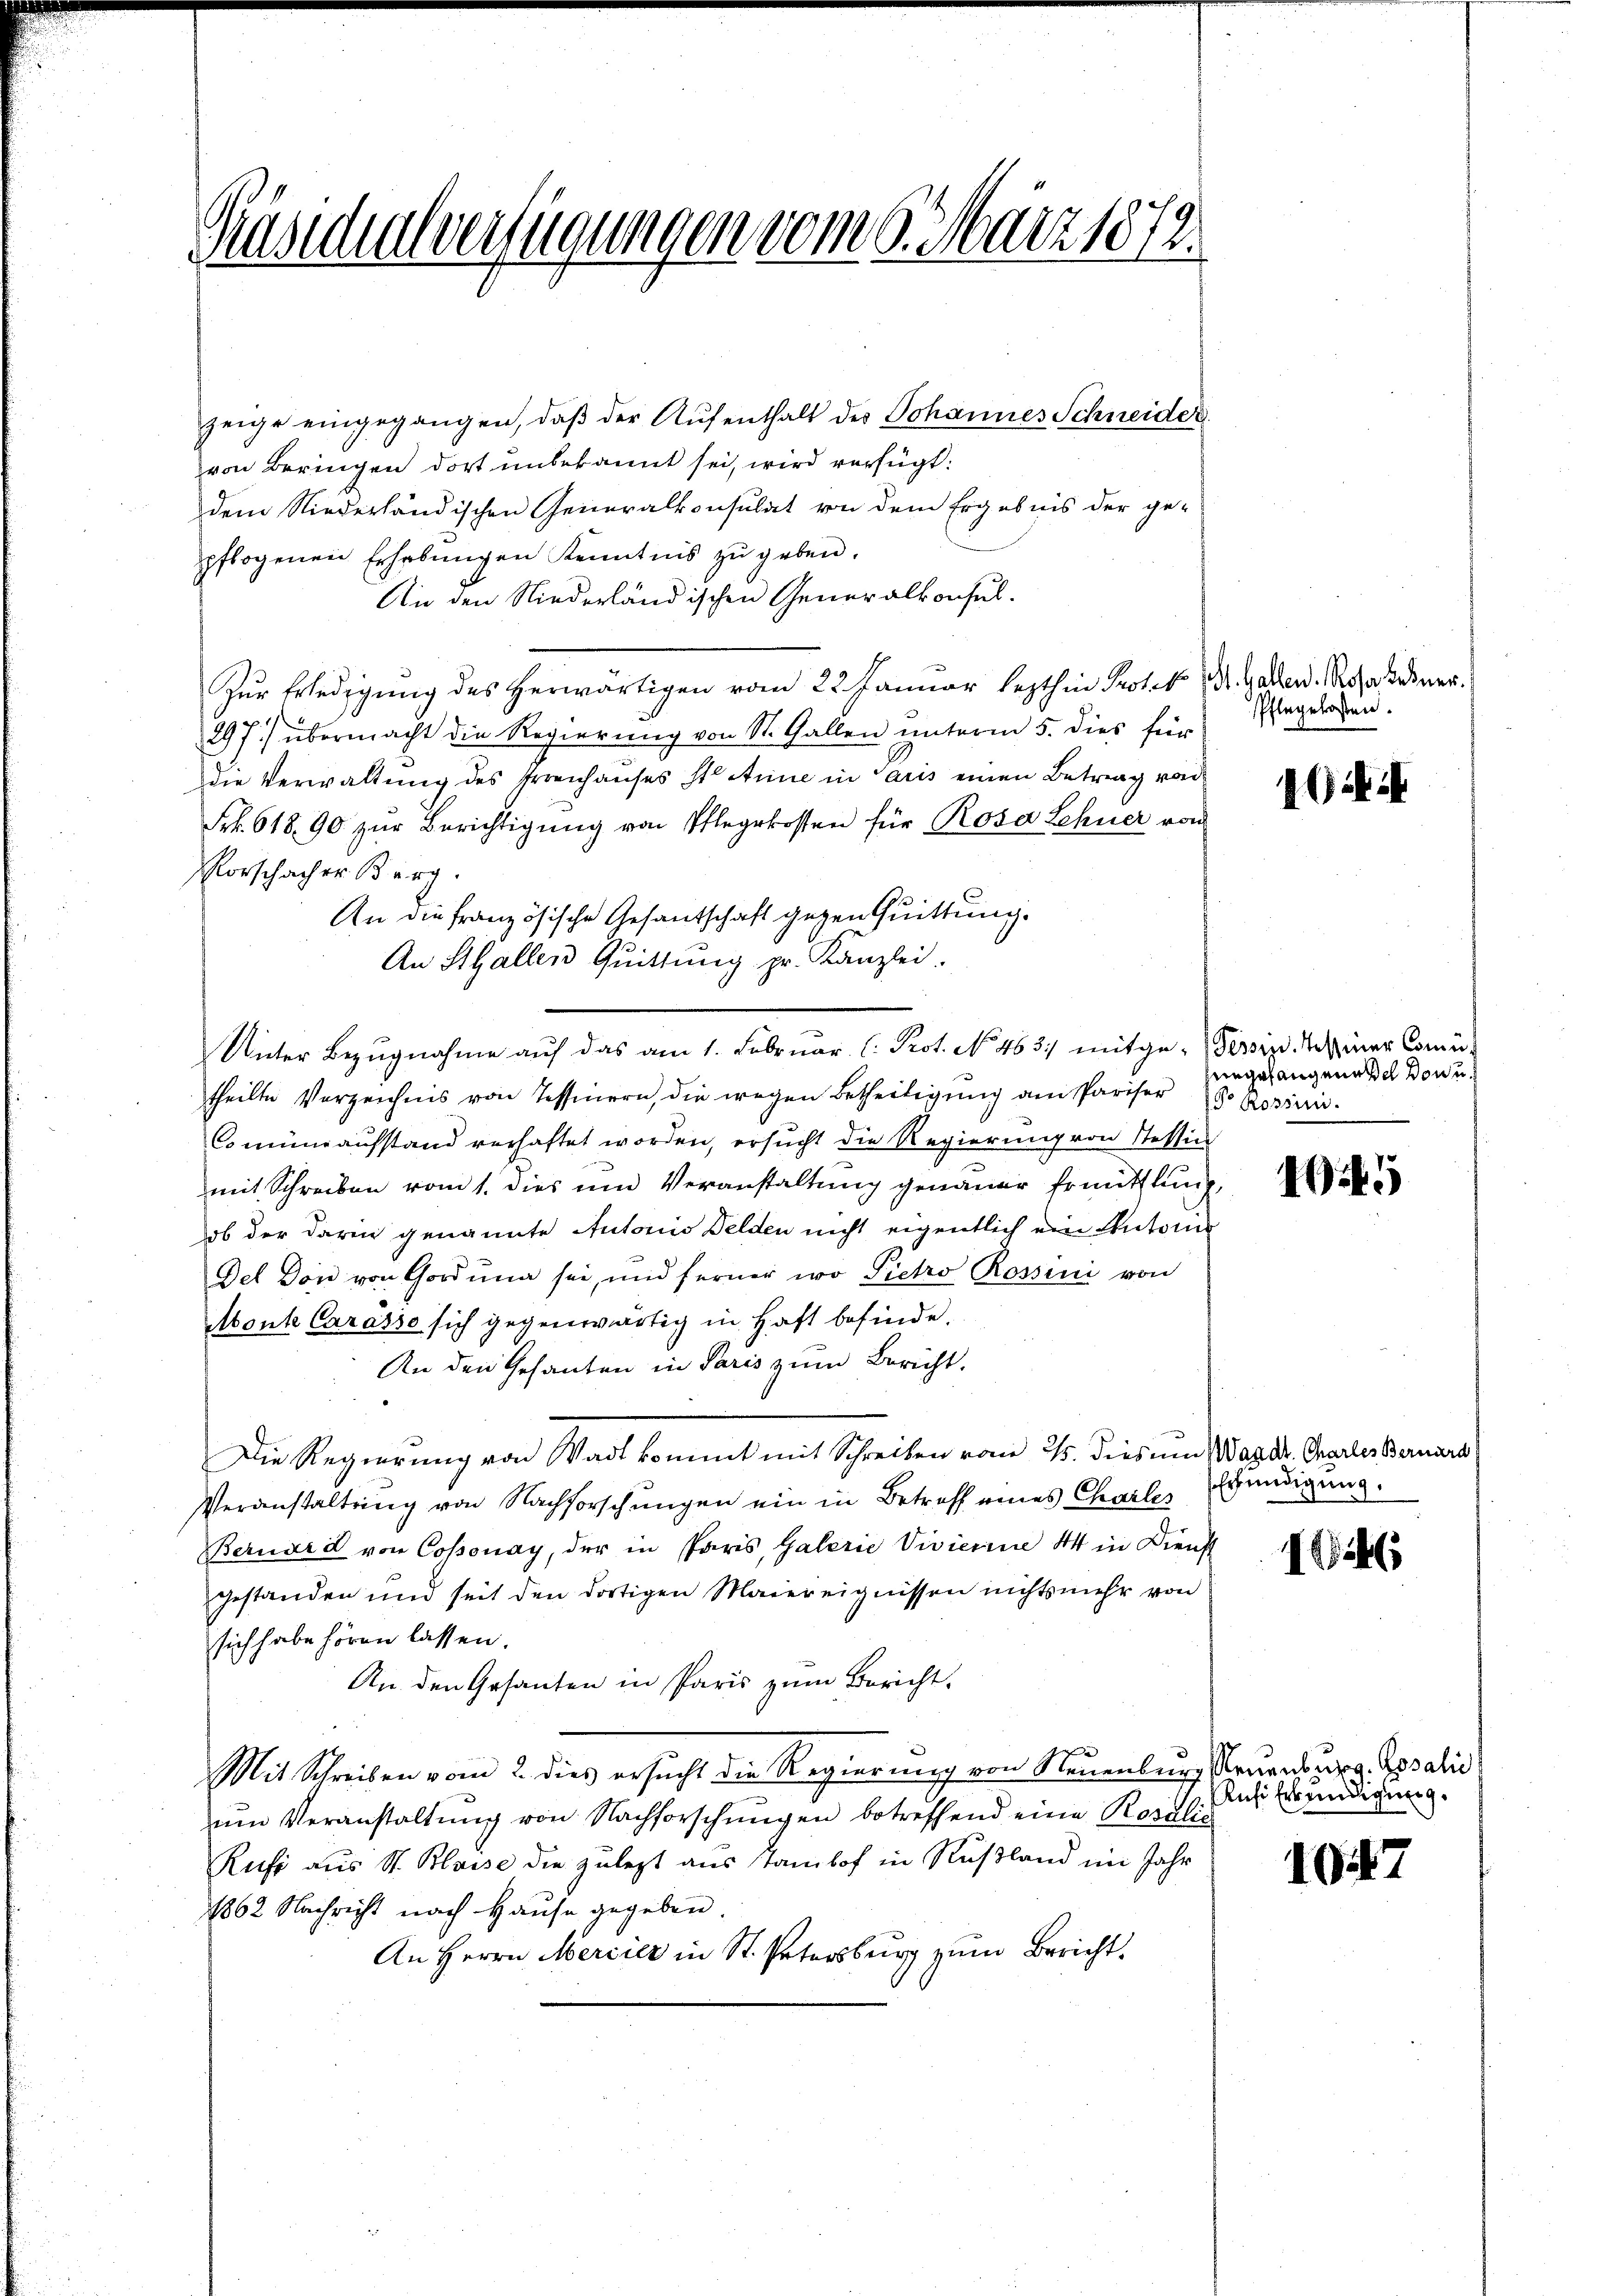
Gräsidialverfügungen vom 9. März 1872.

zeige eingegangen, daß der Aufenthalt des Johannes Schneider
von Beringen dort unbekannt sei, wird verfügt:
dem Niederländischen Generalkonsulat von dem Ergebnis der ge-
pflogenen Erhebŭngen Kenntnis zŭ geben.
An den Niederländischen Generalkonsul¬
Zŭr Erledigung des herwärtigen vom 22. Januar lezthin Protek Dr. Gallen. Rosa tener.
297) übermacht die Regierung von St. Gallen unterm 5. dies für
Die Verwaltung des Frenhauses St. Anne in Paris einen Betrag von
Frk. 61890 zur Berichtigung von Pflegekosten für Rosa Lehner von
Vorschacher Berg.
An die französische Gesantschaft gegen Quittung.
An Stallen Quittung pr. Kanzlei.
theilte Verzeichnis von Tessinern, die wegen Betheiligung am Pariser d. Rosini.
Comunaufstand verhaftet worden, ersucht die Regierung von Stettin
mit Schreiben vom 1. dies um Veranstaltung genauer Ermittlung,
ob der darin genannte Autoris Felden nicht eigentlich ein Antonier
Del Von von Gorduna sei, und ferner wo Pietro Rossini von
Monte Carasso sich gegenwärtig in Haft befinde.
An den Gesanten in Paris zum Bericht.
Die Regierung von Wadl kommt mit Schreiben vom 25. dies im Was Dr. Griesterniers
Veranstaltung von Nachforschungen ein in Betroff eines Charler
Bernard von Cossonay, der in Paris, Galerie Vivierine 44 in Dienst
gestanden und seit den dortigen Maiereignissen nichts mehr von
sich habe hören lassen.
An den Gesanten in Paris zum Bericht.
Mit Schreiben vom 2. dies ersucht die Regierung von Neuenburg, Neuenburg. Rosalis
zum Veranstaltung von Nachforschungen betreffend eine Rosalis
Rufs aus St. Blaise die zulezt aus Tamhof in Rußland im Jahr
1862 Nachricht nach Hause gegeben.
An Herrn Mercier in St. Petersburg zum Bericht.

Unter Bezŭgnahme auf das am 1. Februar (: Prot. No. 463. mitge-Gerin. Meiner Comu¬

Pflegelosten.

G.

eingelangenossel von u.

10.45

Erfündigung.

1246

Rufe Erkundigung.

1047